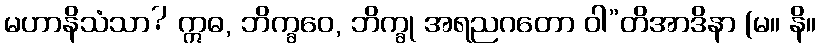
မဟာနိသံသာ? ဣဓ, ဘိက္ခဝေ, ဘိက္ခု အရညဂတော ဝါ”တိအာဒိနာ (မ။ နိ။